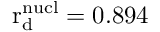
\mathrm { r _ { d } ^ { n u c l } } = 0 . 8 9 4